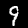
Digit: 9